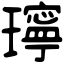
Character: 𤪥